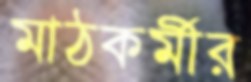
মাঠকর্মীর